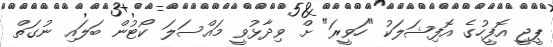
ޕީޖީ އޮފީހުގެ އޮފިޝަލަކު "ހަވީރަ" ށް ވިދާޅުވީ މައްސަލަ ކޯޓުން ބަލައި ނުގަތް